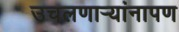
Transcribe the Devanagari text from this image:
उचलणार्‍यांनापण